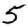
Digit: 5